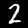
Label: 2